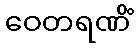
ဝေတရဏိံ